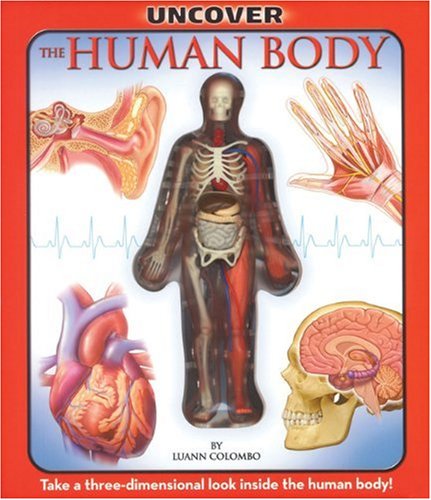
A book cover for Uncover the Human Body: An Uncover It Book; Luann Colombo; Children's Books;